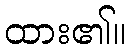
ထား၏။